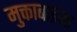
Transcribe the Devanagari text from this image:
मुक्ताबाईना